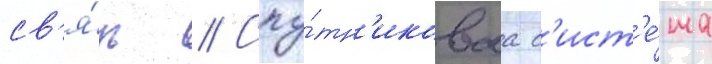
св'я́зь // Спу́тн'иковаа с'ист'е́ма